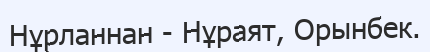
Нұрланнан - Нұраят, Орынбек.